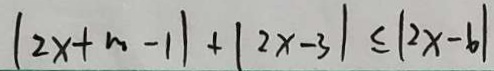
( 2 x + m - 1 ) + \vert 2 x - 3 \vert \leq \vert 2 x - 6 \vert